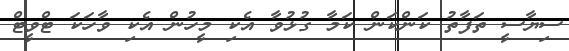
ސިޔާސީ ތަފާތު ކަންކަން ކަމާ ގުޅުވާ އެކި މީހުން އެކި ވާހަކަ ޓްވީޓް